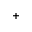
^ +